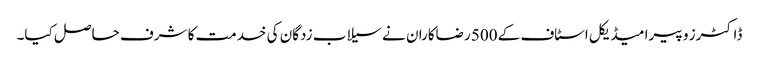
ڈاکٹرز و پیرا میڈیکل اسٹاف کے 500 رضاکاران نے سیلاب زدگان کی خدمت کا شرف حاصل کیا۔